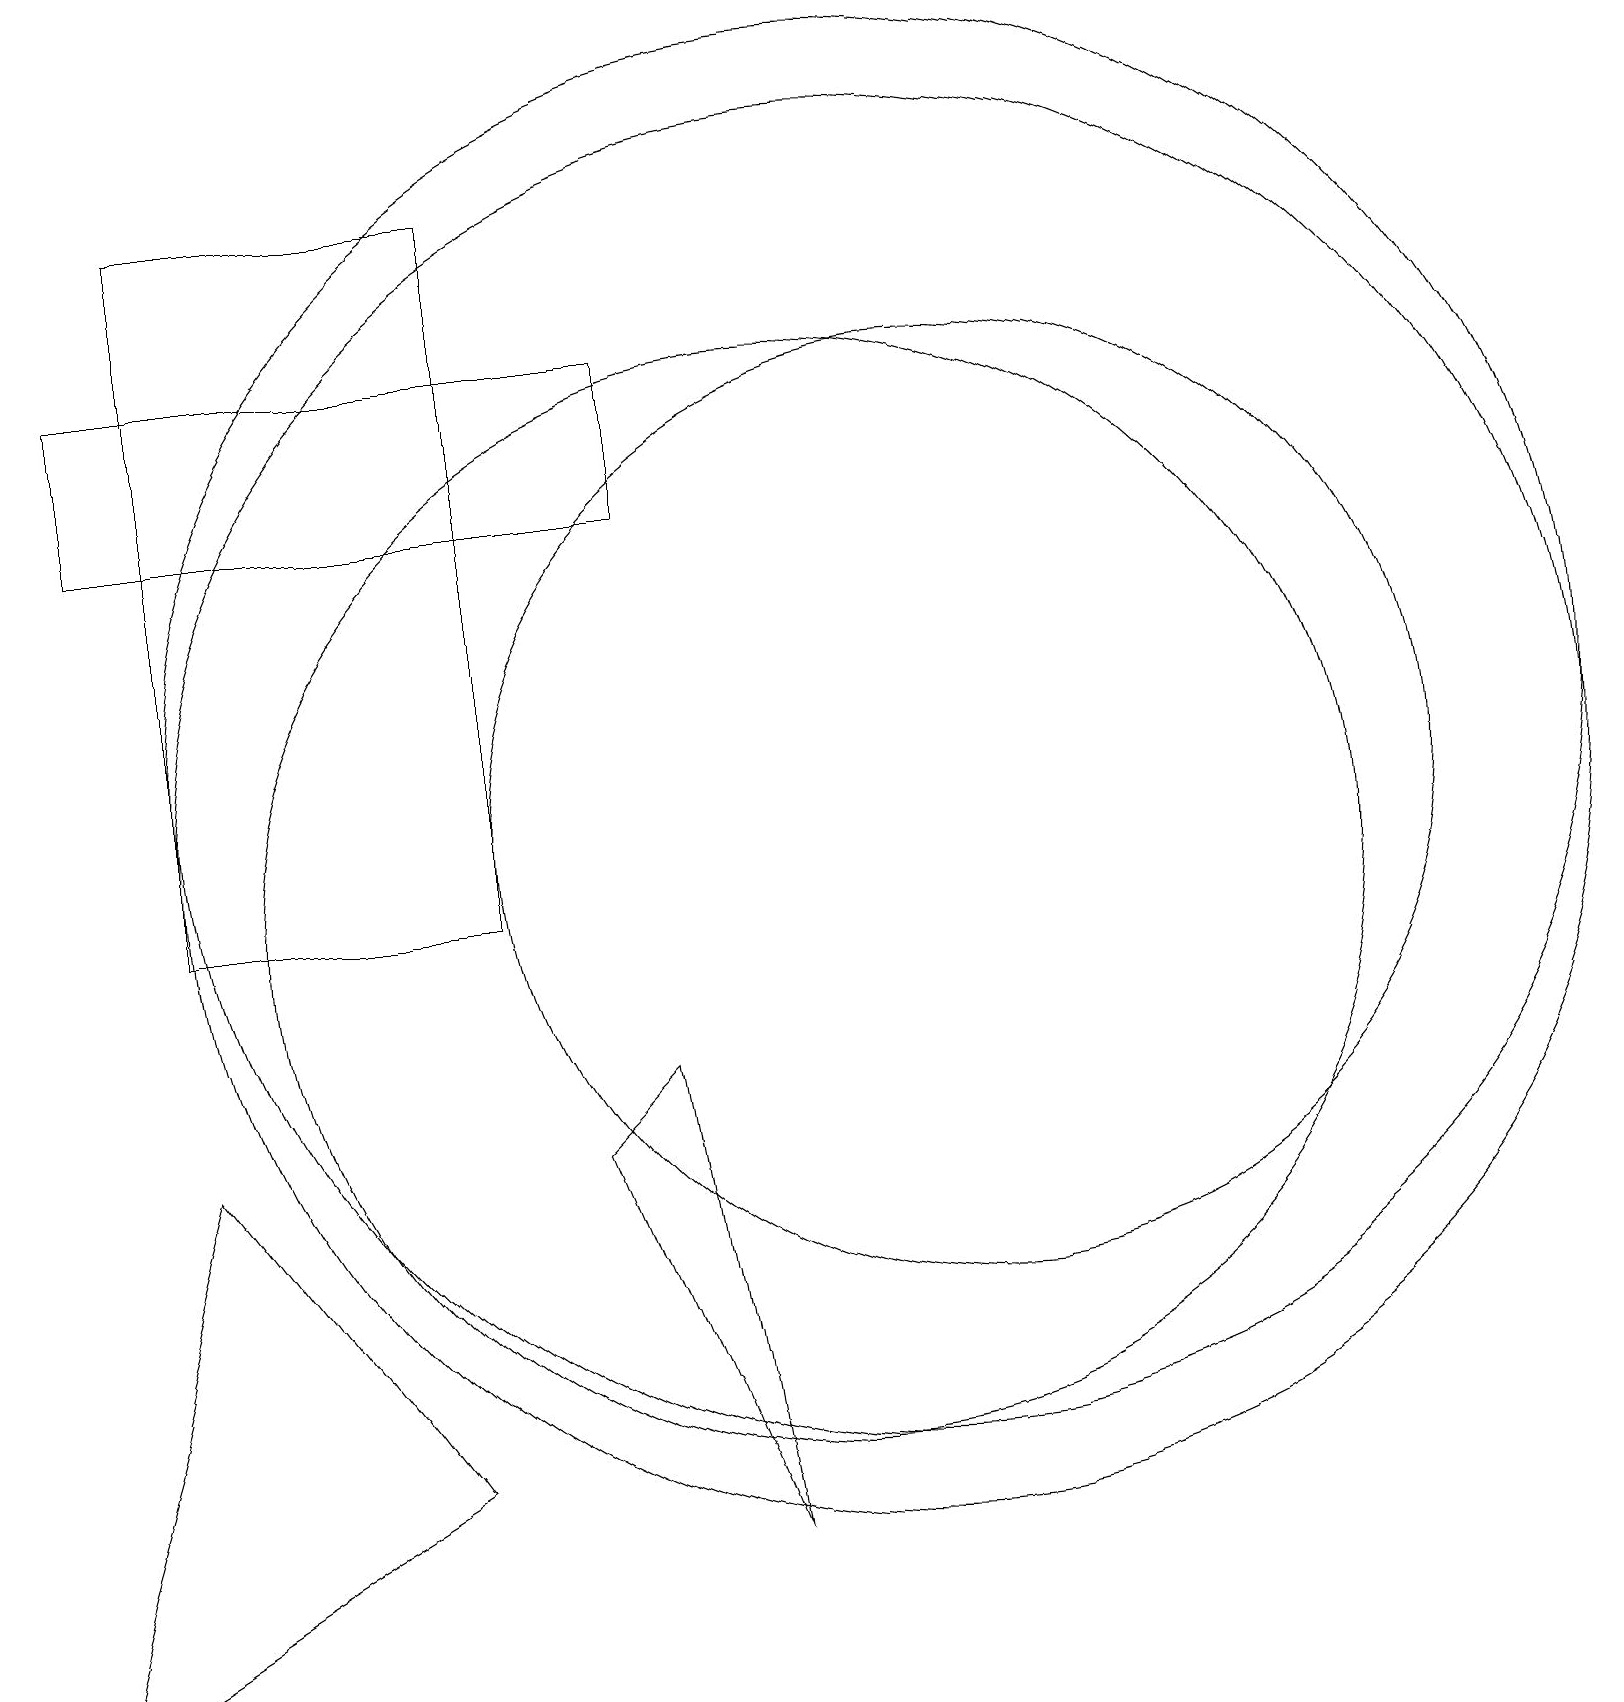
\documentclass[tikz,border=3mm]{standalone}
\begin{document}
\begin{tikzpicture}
\draw (8,8) -- (9,2) -- (7,7) -- cycle;
\draw (12,11) circle (6);
\draw (6,10) rectangle (2,19);
\draw (11,12) circle (9);
\draw (11,11) circle (9);
\draw (10,10) circle (7);
\draw (8,15) rectangle (1,17);
\draw (2,7) -- (5,3) -- (0,0) -- cycle;
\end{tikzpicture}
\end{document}